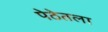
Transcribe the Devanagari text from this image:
पेठेतला